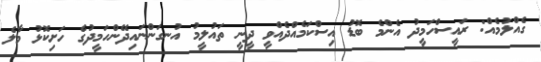
ގެއްލުމެއް: ރައީސްހަމީދު އެންމެ ބޮޑު އިސްކަމެއްދެއްވީ ދީނީ ތައުލީމު އުނގަންނައިދޭންހަމީދުގެ ހަށިކޮޅު މާލެ